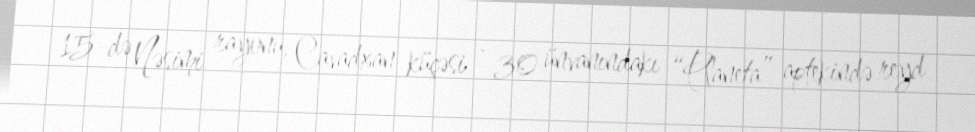
15-də Nəsimi rayonu, Cavadxan küçəsi - 30 ünvanındakı “Planeta” aptekində reyd